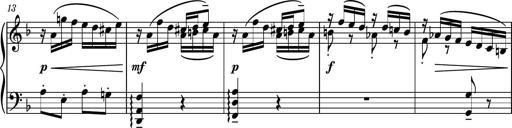
Title: Piano Sonatina II
Composer: Dimitri Sykias
Key: F major